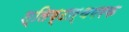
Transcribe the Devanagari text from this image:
श्लिष्टार्थपरक